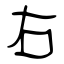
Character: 右